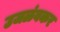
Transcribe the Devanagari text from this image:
उजळंबकर